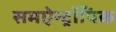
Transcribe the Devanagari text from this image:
समऐन्ट्रॉपिक